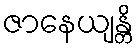
ဇာနေယျန္တိ